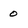
Character: 0